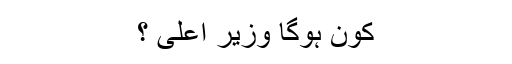
کون ہوگا وزیر اعلی ؟